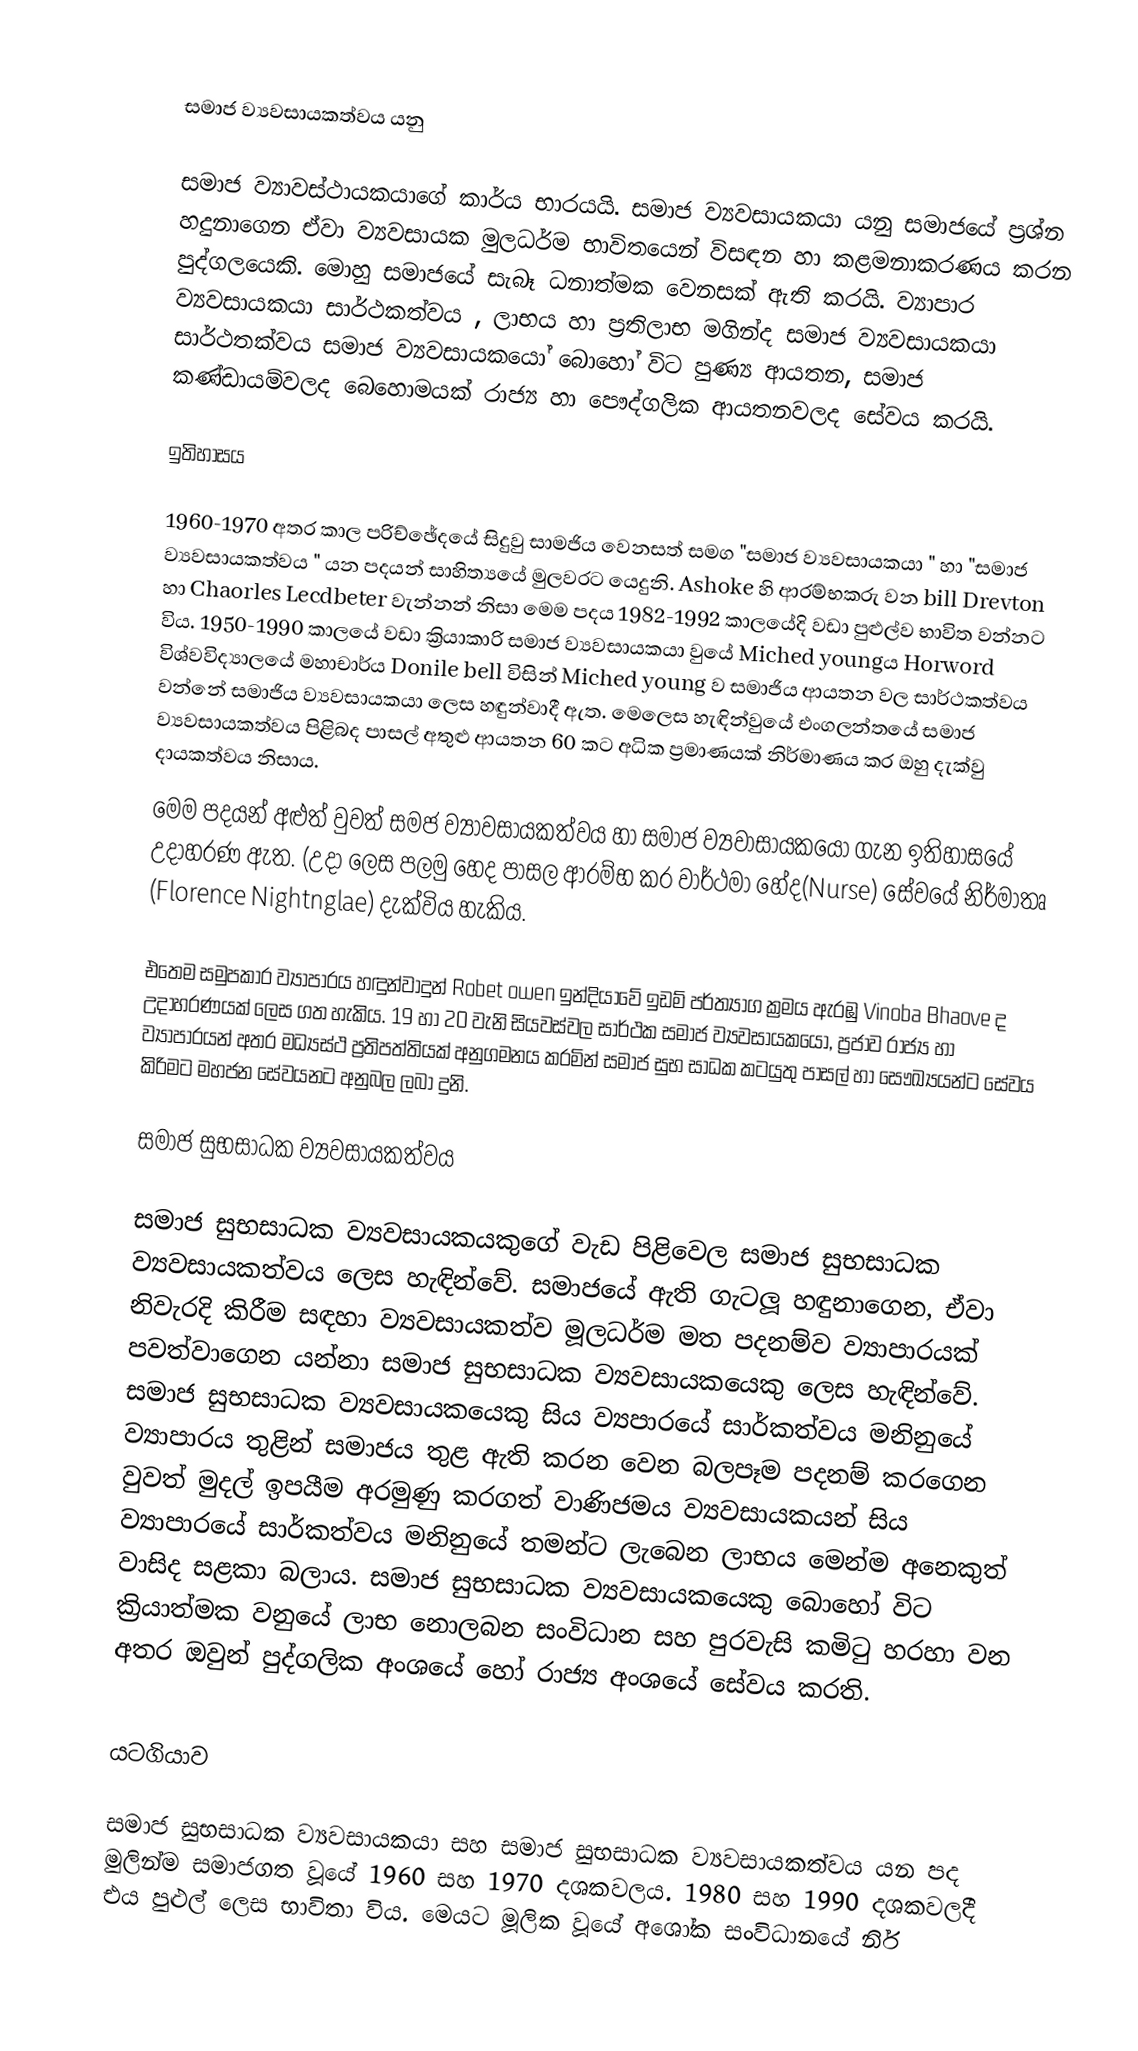

සමාජ ව්‍යවසායකත්වය යනු

සමාජ ව්‍යාවස්ථායකයාගේ කාර්ය භාරයයි. සමාජ ව්‍යවසායකයා යනු සමාජයේ ප්‍රශ්න හදුනාගෙන ඒවා ව්‍යවසායක මුලධර්ම භාවිතයෙන් විසඳන හා කළමනාකරණය කරන පුද්ගලයෙකි. මොහු සමාජයේ සැබෑ ධනාත්මක වෙනසක් ඇති කරයි. ව්‍යාපාර ව්‍යවසායකයා සාර්ථකත්වය , ලාභය හා ප්‍රතිලාභ මගින්ද සමාජ ව්‍යවසායකයා සාර්ථතක්වය සමාජ ව්‍යවසායකයෝ බොහෝ විට පුණ්‍ය ආයතන, සමාජ කණ්ඩායම්වලද බෙහොමයක් රාජ්‍ය හා පෞද්ගලික ආයතනවලද සේවය කරයි.

ඉතිහාසය

1960-1970 අතර කාල පරිච්ඡේදයේ සිදුවු සාමජිය වෙනසත් සමග "සමාජ ව්‍යවසායකයා " හා "සමාජ ව්‍යවසායකත්වය " යන පදයන් සාහිත්‍යයේ මුලවරට යෙදුනි. Ashoke හි ආරම්භකරු වන bill Drevton හා  Chaorles Lecdbeter වැන්නන් නිසා මෙම පදය 1982-1992 කාලයේදි වඩා පුළුල්ව භාවිත වන්නට විය. 1950-1990 කාලයේ වඩා ක්‍රියාකාරි සමාජ ව්‍යවසායකයා වුයේ  Miched youngය Horword  විශ්වවිද්‍යාලයේ මහාචාර්ය Donile bell විසින් Miched young ව සමාජිය ආයතන වල සාර්ථකත්වය වන්නේ සමාජිය ව්‍යවසායකයා ලෙස හඳුන්වාදී ඇත. මෙලෙස හැඳින්වුයේ එංගලන්තයේ සමාජ ව්‍යවසායකත්වය පිළිබද පාසල් අතුළු ආයතන 60 කට අධික ප්‍රමාණයක් නිර්මාණය කර ඔහු දැක්වු දායකත්වය නිසාය.
මෙම පදයන් අළුත් වුවත් සමජ ව්‍යාවසායකත්වය හා සමාජ ව්‍යවාසායකයෝ ගැන ඉතිහාසයේ උදාහරණ ඇත. (උදා ලෙස පලමු හෙද පාසල ආරම්භ කර වාර්ථමා  හේද(Nurse) සේවයේ නිර්මාතෘ (Florence Nightnglae) දැක්විය හැකිය.

එතෙම සමුපකාර ව්‍යාපාරය හඳුන්වාදුන් Robet owen ඉන්දියාවේ ඉඩම් පර්ත්‍යාග ක්‍රමය ඇරඹු Vinoba Bhaove ද උදාහරණයක් ලෙස ගත හැකිය. 19 හා 20 වැනි සියවස්වල සාර්ථක සමාජ ව්‍යවසායකයෝ, ප්‍රජාව රාජ්‍ය හා ව්‍යාපාරයන් අතර මධ්‍යස්ථ ප්‍රතිපත්තියක් අනුගමනය කරමින් සමාජ සුභ සාධක කටයුතු පාසල් හා සෞඛ්‍යයන්ට සේවය කිරිමට මහජන සේවයනට අනුබල ලබා දුනි.

සමාජ සුභසාධක ව්‍යවසායකත්වය

සමාජ සුභසාධක ව්‍යවසායකයකුගේ වැඩ පිළිවෙල සමාජ සුභසාධක ව්‍යවසායකත්වය ලෙස හැඳින්වේ. සමාජයේ ඇති ගැටලූ හඳුනාගෙන, ඒවා නිවැරදි කිරීම සඳහා ව්‍යවසායකත්ව මූලධර්ම මත පදනම්ව ව්‍යාපාරයක් පවත්වාගෙන යන්නා සමාජ සුභසාධක ව්‍යවසායකයෙකු ලෙස හැඳින්වේ. සමාජ සුභසාධක ව්‍යවසායකයෙකු සිය ව්‍යපාරයේ සාර්කත්වය මනිනුයේ ව්‍යාපාරය තුළින් සමාජය තුළ ඇති කරන වෙන බලපෑම පදනම් කරගෙන වුවත් මුදල් ඉපයීම අරමුණු කරගත් වාණිජමය ව්‍යවසායකයන් සිය ව්‍යාපාරයේ සාර්කත්වය මනිනුයේ තමන්ට ලැබෙන ලාභය මෙන්ම අනෙකුත් වාසිද සළකා බලාය. සමාජ සුභසාධක ව්‍යවසායකයෙකු බොහෝ විට ක්‍රියාත්මක වනුයේ ලාභ නොලබන සංවිධාන සහ පුරවැසි කමිටු හරහා වන අතර ඔවුන් පුද්ගලික අංශයේ හෝ රාජ්‍ය අංශයේ සේවය කරති.

යටගියාව

සමාජ සුභසාධක ව්‍යවසායකයා සහ සමාජ සුභසාධක ව්‍යවසායකත්වය යන පද මුලින්ම සමාජගත වූයේ 1960 සහ 1970 දශකවලය. 1980 සහ 1990 දශකවලදී එය පුළුල් ලෙස භාවිතා විය. මෙයට මූලික වූයේ අශෝක සංවිධානයේ නිර්